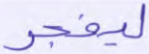
ليفجر